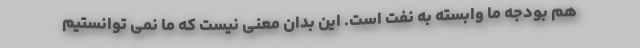
هم بودجه ما وابسته به نفت است. این بدان معنی نیست که ما نمی توانستیم